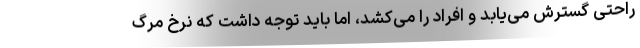
راحتی گسترش می‌یابد و افراد را می‌کشد، اما باید توجه داشت که نرخ مرگ